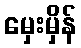
မှေးမှိန်